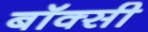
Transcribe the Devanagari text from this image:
बॉक्सी